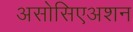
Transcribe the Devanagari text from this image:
असोसिएअशन